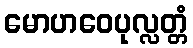
မောဟဝေပုလ္လတ္တံ